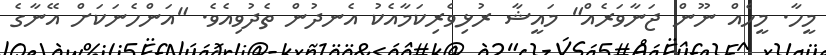
މީހާ. މީހެއް ނޫން ޖަނާވަރެއް" މައީޝާ ރުޅިވެރިކަމާއެކު އެނދުން ތެދުވިއެވެ. "އަންހެނަކަށް އޭނާގެ